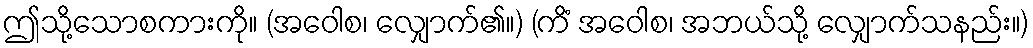
ဤသို့သောစကားကို။ (အဝေါစ၊ လျှောက်၏။) (ကိံ အဝေါစ၊ အဘယ်သို့ လျှောက်သနည်း။)